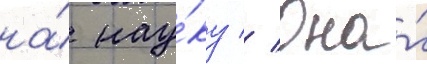
на́ нау́ку // Она́